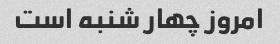
امروز چهار شنبه است